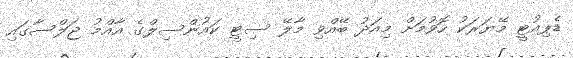
ޑެޕިއުޓީ މޭޔަރަކު ހޮވުމަށް މިއަދު ބޭއްވި މާލޭ ސިޓީ ކައުންސިލްގެ އާއްމު ޖަލްސާގައި